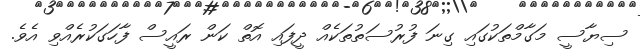
ސިޔާސީ މަގާމްތަކުގައި ގިނަ ފުރުސަތުތަކެއް ދީފައި އޮތް ކަން ރައީސް ފާހަގަކުރެއްވި އެވެ.